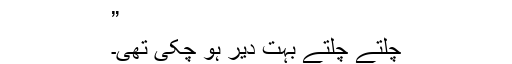
”
چلتے چلتے بہت دیر ہو چکی تھی۔